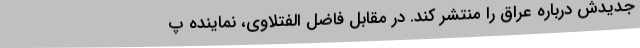
جدیدش درباره عراق را منتشر کند. در مقابل فاضل الفتلاوی، نماینده پ